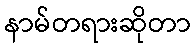
နာမ်တရားဆိုတာ